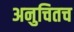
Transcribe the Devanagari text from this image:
अनुचितच